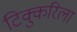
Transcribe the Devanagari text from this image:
टिक्कुरिला